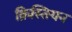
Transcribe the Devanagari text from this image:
क्रिस्तियन